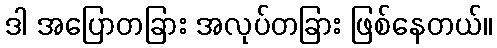
ဒါ အပြောတခြား အလုပ်တခြား ဖြစ်နေတယ်။